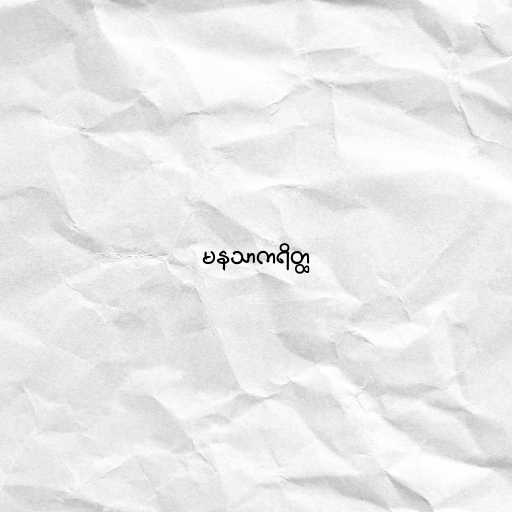
မနသာကရိတ္ထ